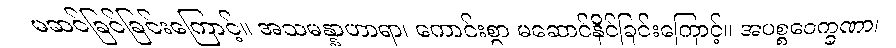
မဆင်ခြင်ခြင်းကြောင့်။ အသမန္နာဟာရာ၊ ကောင်းစွာ မဆောင်နိုင်ခြင်းကြောင့်။ အပစ္စဝေက္ခဏာ၊